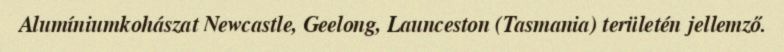
Alumíniumkohászat Newcastle, Geelong, Launceston (Tasmania) területén jellemző.